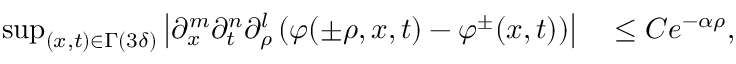
\begin{array} { r l } { \operatorname* { s u p } _ { ( x , t ) \in \Gamma ( 3 \delta ) } \left| \partial _ { x } ^ { m } \partial _ { t } ^ { n } \partial _ { \rho } ^ { l } \left( \varphi ( \pm \rho , x , t ) - \varphi ^ { \pm } ( x , t ) \right) \right| } & { { } \leq C e ^ { - \alpha \rho } , } \end{array}